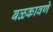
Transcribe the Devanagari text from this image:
बळकावणे